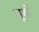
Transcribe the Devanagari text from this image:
बूर्बों